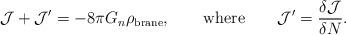
LaTeX: \begin{align*}\mathcal{J} + \mathcal{J}'=-8\pi G_n\rho_\textrm{brane}, \qquad \textrm{where} \qquad \mathcal{J}'=\frac{\delta \mathcal{J}}{\delta N}.\end{align*}